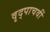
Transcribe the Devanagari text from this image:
वृद्पाचवीं